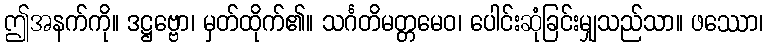
ဤအနက်ကို။ ဒဋ္ဌဗ္ဗော၊ မှတ်ထိုက်၏။ သင်္ဂတိမတ္တမေဝ၊ ပေါင်းဆုံခြင်းမျှသည်သာ။ ဖဿော၊